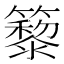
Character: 䉫